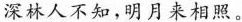
深林人不知，明月来相照。